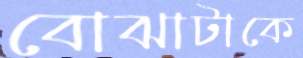
বোঝাটাকে